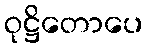
ဝုဋ္ဌိတောပေ